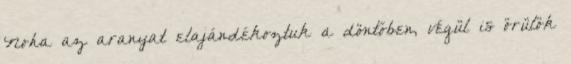
Noha az aranyat elajándékoztuk a döntőben, végül is örülök